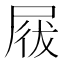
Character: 𡲁